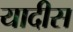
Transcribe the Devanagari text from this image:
यादीस